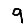
Digit: 9